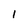
Character: 1